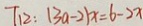
T _ { 1 2 } : ( 3 a - 2 ) x = 6 - 2 x